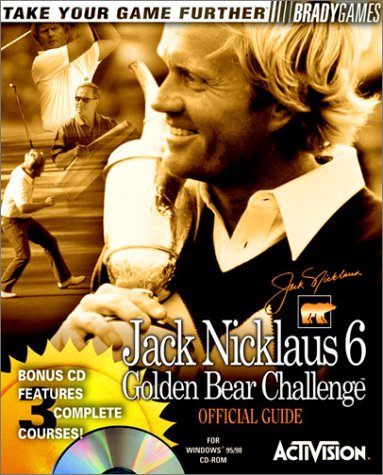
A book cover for Jack Nicklaus 6: Golden Bear Challenge Official Companion Guide (Brady Games); BradyGames; Humor & Entertainment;